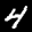
Label: 4